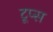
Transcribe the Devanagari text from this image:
टूप्स